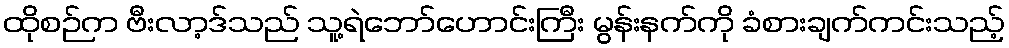
ထိုစဉ်က ဗီးလာ့ဒ်သည် သူ့ရဲဘော်ဟောင်းကြီး မွန်းနက်ကို ခံစားချက်ကင်းသည့်